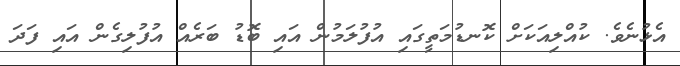
އެޅުނެވެ. ކުއްލިއަކަށް ކޮނޑުމަތީގައި އުފުލަމުން އައި ބޮޑު ބަރެއް އުފުލިގެން އައި ފަދަ